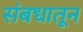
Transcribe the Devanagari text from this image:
संबधातून